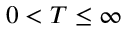
0 < T \leq \infty